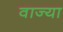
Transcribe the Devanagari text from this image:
वाज्या